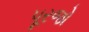
પૂરજો